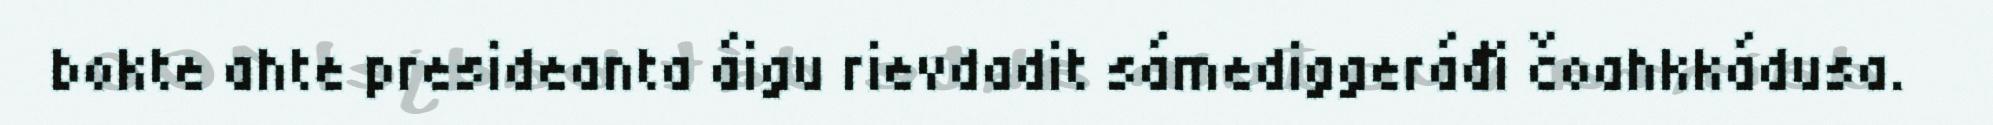
bokte ahte presideanta áigu rievdadit sámediggeráđi čoahkkádusa.